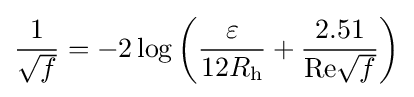
{\frac {1}{\sqrt {f}}}=-2\log \left({\frac {\varepsilon }{12R_{\mathrm {h} }}}+{\frac {2.51}{\mathrm {Re} {\sqrt {f}}}}\right)